Scottish Leaving Certificate Examination, 1961
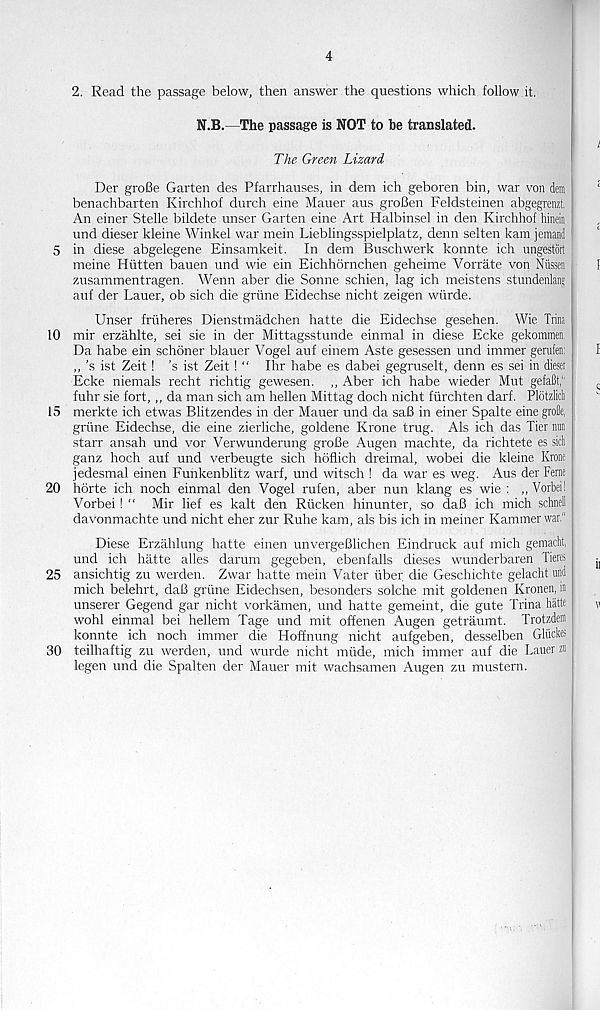
4
2. Read the passage below, then answer the questions which follow it.
N.B.—The passage is NOT to be translated.
The Green Lizard
Der groBe Garten des Pfarrhauses, in dem ich geboren bin, war von deni
benachbarten Kirchhof durch eine Mauer aus groBen Feldsteinen abgegrenzt.
An einer Stelle bildete miser Garten eine Art Halbinsel in den Kirchhof hinein
und dieser kleine Winkel war mein Lieblingsspielplatz, denn selten kam jemand
5 in diese abgelegene Einsamkeit. In dem Buschwerk konnte ich ungestort
meine Hiitten bauen und wie ein Eichhornchen geheime Vorrate von Niissen
zusammentragen. Wenn aber die Sonne schien, lag ich meistens stundenlang
auf der Lauer, ob sich die griine Eidechse nicht zeigen wtirde.
Unser friiheres Dienstmadchen hatte die Eidechse gesehen. Wie Trim
10 mir erzahlte, sei sie in der Mittagsstunde einmal in diese Ecke gekommen
Da habe ein schoner blauer Vogel auf einem Aste gesessen und immer gerufen:
,,'s ist Zeit! ’s ist Zeit! “ Ihr habe es dabei gegruselt, denn es sei in dieser
Ecke niemals recht richtig gewesen. ,, Aber ich habe wieder Mut gefaBt,' 1
fuhr sie fort,,, da man sich am hellen Mittag doch nicht furchten darf. Plbtzlidi
15 merkte ich etwas Blitzendes in der Mauer und da saB in einer Spalte eine groBe.
griine Eidechse, die eine zierliche, goldene Krone trug. Als ich das Tier nun
starr ansah und vor Verwunderung groBe Augen machte, da richtete es sidi
ganz hoch auf und verbeugte sich hoflich dreimal, wobei die kleine Krone
jedesmal einen Funkenblitz warf, und witsch ! da war es weg. Aus der Feme
20 hdrte ich noch einmal den Vogel rufen, aber nun klang es wie : ,, Vorbei!
Vorbei! “ Mir lief es kalt den Riicken hinunter, so daB ich mich schnell
davonmachte und nicht eher zur Ruhe kam, als bis ich in meiner Kammer war."
Diese Erzahlung hatte einen unvergeBlichen Eindruck auf mich gemacht,
und ich hatte alles darum gegeben, ebenfalls dieses wunderbaren Tieres
25 ansichtig zu werden. Zwar hatte mein Vater iiber die Geschichte gelacht nnd
mich belehrt, daB griine Eidechsen, besonders solche mit goldenen Kronen, in
unserer Gegend gar nicht vorkamen, und hatte gemeint, die gute Trina hatte
wohl einmal bei hellem Tage und mit offenen Augen getraumt. Trotzdeni
konnte ich noch immer die Hoffnung nicht aufgeben, desselben Gliidtes
30 teilhaftig zu werden, und wurde nicht miide, mich immer auf die Lauer zu
legen und die Spalten der Mauer mit wachsamen Augen zu mustern.